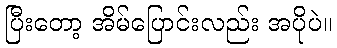
ပြီးတော့ အိမ်ပြောင်းလည်း အပိုပဲ။